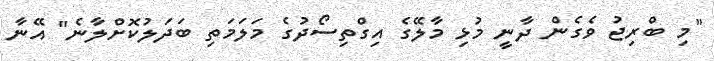
"މި ބްރިޖު ވެގެން ދާނީ މުޅި މާލޭގެ އިގްތިސޯދުގެ މަލަމަތި ބަދަލުކޮށްލާނެ" އޭނާ